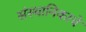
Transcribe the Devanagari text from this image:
संस्थानिकाचे